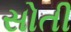
સોતી